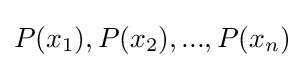
P(x_{1}),P(x_{2}),...,P(x_{n})